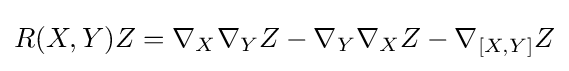
R(X,Y)Z=\nabla _{X}\nabla _{Y}Z-\nabla _{Y}\nabla _{X}Z-\nabla _{[X,Y]}Z